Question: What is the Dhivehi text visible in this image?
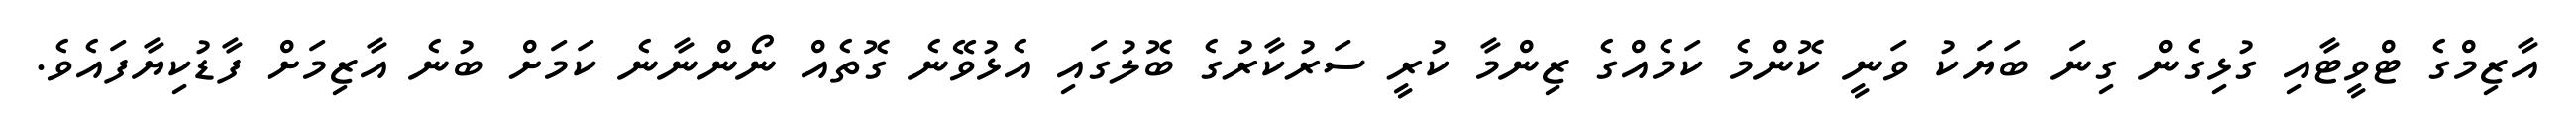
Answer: އާޒިމްގެ ޓްވީޓާއި ގުޅިގެން ގިނަ ބަޔަކު ވަނީ ކޮންމެ ކަމެއްގެ ޒިންމާ ކުރީ ސަރުކާރުގެ ބޮލުގައި އެޅުވޭނެ ގޮތެއް ނޯންނާނެ ކަމަށް ބުނެ އާޒިމަށް ފާޑުކިޔާފައެވެ.